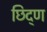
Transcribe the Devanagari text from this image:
छिद्ण